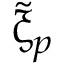
\tilde { \upxi } _ { p }